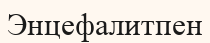
Энцефалитпен